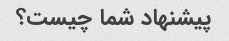
پیشنهاد شما چیست؟